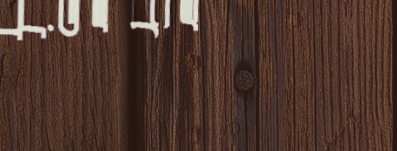
مدرسة لتعليم اللغة الإنجل